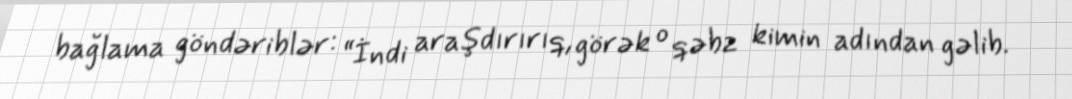
bağlama göndəriblər: “İndi araşdırırıq, görək o qəbz kimin adından gəlib.